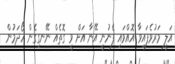
އަލީ މަރުވެފައިވާ އޮއްވައި ފެނުނީ އޭނާ އަށް ވީ ގޮތެއް ނޭނގިގެން ހޯދަމުން